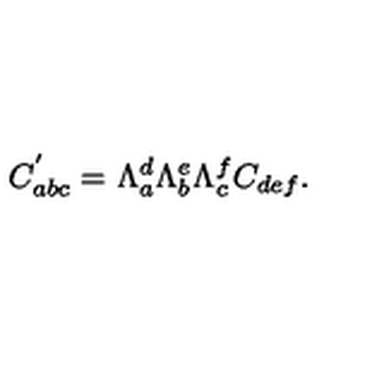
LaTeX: C _ { a b c } ^ { ^ { \prime } } = \Lambda _ { a } ^ { d } \Lambda _ { b } ^ { e } \Lambda _ { c } ^ { f } C _ { d e f } .